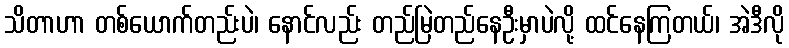
သိတာဟာ တစ်ယောက်တည်းပဲ၊ နောင်လည်း တည်မြဲတည်နေဦးမှာပဲလို့ ထင်နေကြတယ်၊ အဲဒီလို